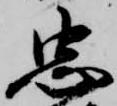
忠